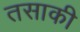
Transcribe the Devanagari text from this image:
तसाकी